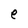
Character: e